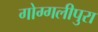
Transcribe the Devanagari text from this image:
गोग्गलीपुरा